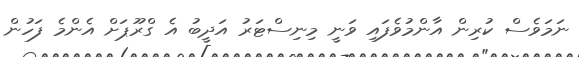
ނަމަވެސް ކުރިން އާންމުވެފައި ވަނީ މިނިސްޓަރު އަދީބު އެ ގްރޫޕަށް އެންމެ ފަހުން